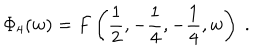
LaTeX: \Phi _ { 4 } ( w ) = F \left( \frac 1 2 , - \frac 1 4 , - \frac 1 4 , w \right) \ .